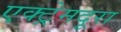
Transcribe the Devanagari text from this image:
एक्ट्रेमदूरा